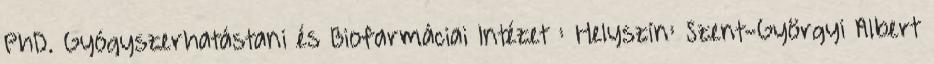
PhD. Gyógyszerhatástani és Biofarmáciai Intézet : Helyszín: Szent-Györgyi Albert